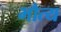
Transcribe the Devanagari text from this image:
भौत्य